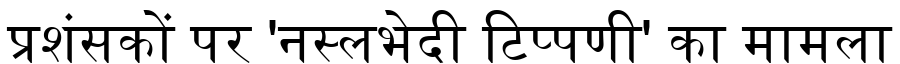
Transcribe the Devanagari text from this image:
प्रशंसकों पर 'नस्लभेदी टिप्पणी' का मामला